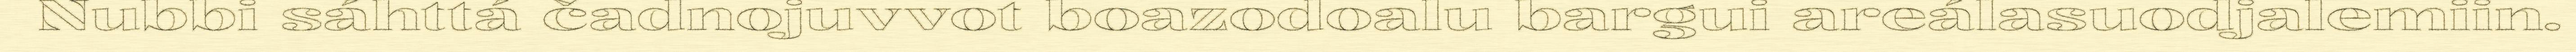
Nubbi sáhttá čadnojuvvot boazodoalu bargui areálasuodjalemiin.